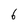
Character: 6